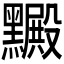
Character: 𪒮